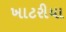
ખાટરીયા